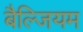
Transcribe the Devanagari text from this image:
बैल्जियम